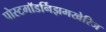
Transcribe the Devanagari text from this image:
पोस्टमॉडर्निझमखेरिज